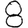
Digit: 8